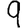
Digit: 9